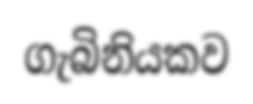
ගැබිනියකව